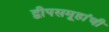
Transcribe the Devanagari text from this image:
द्वीपसमूहांची